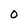
Character: O